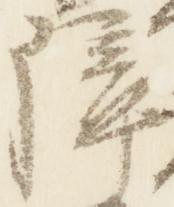
障